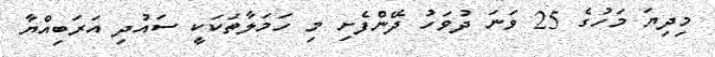
މިދިޔަ މަހުގެ 25 ވަނަ ދުވަހު ދޭންފެށި މި ހަމަލާތަކަކީ ސައުދި އަރަބިއްޔާ